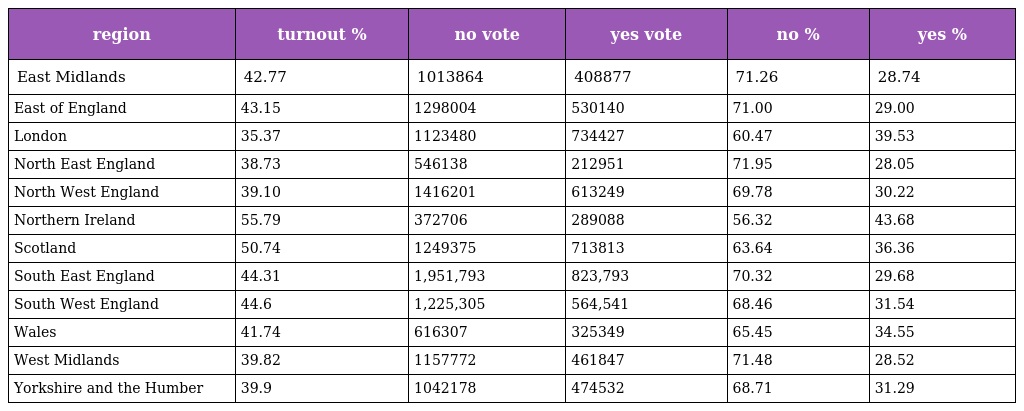
| region | turnout % | no vote | yes vote | no % | yes % |
 | --- | --- | --- | --- | --- | --- |
 | East Midlands | 42.77 | 1013864 | 408877 | 71.26 | 28.74 |
 | East of England | 43.15 | 1298004 | 530140 | 71.00 | 29.00 |
 | London | 35.37 | 1123480 | 734427 | 60.47 | 39.53 |
 | North East England | 38.73 | 546138 | 212951 | 71.95 | 28.05 |
 | North West England | 39.10 | 1416201 | 613249 | 69.78 | 30.22 |
 | Northern Ireland | 55.79 | 372706 | 289088 | 56.32 | 43.68 |
 | Scotland | 50.74 | 1249375 | 713813 | 63.64 | 36.36 |
 | South East England | 44.31 | 1,951,793 | 823,793 | 70.32 | 29.68 |
 | South West England | 44.6 | 1,225,305 | 564,541 | 68.46 | 31.54 |
 | Wales | 41.74 | 616307 | 325349 | 65.45 | 34.55 |
 | West Midlands | 39.82 | 1157772 | 461847 | 71.48 | 28.52 |
 | Yorkshire and the Humber | 39.9 | 1042178 | 474532 | 68.71 | 31.29 |